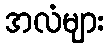
အလံများ